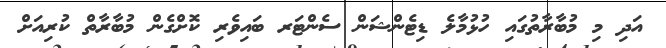
އަދި މި މުބާރާތުގައި ހުޅުމާލެ ޑިޓެންޝަން ސެންޓަރ ބައިވެރި ކޮށްގެން މުބާރާތް ކުރިއަށް